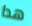
هدا